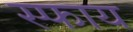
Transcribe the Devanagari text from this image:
स्फाय